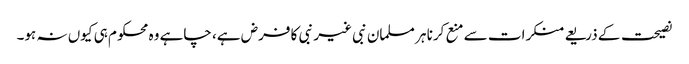
نصیحت کے ذریعے منکرات سے منع کرنا ہر مسلمان نبی غیر نبی کا فرض ہے، چاہے وہ محکوم ہی کیوں نہ ہو۔